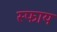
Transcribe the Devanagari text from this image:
स्फाय